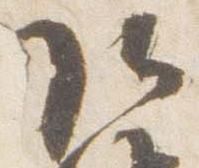
頭